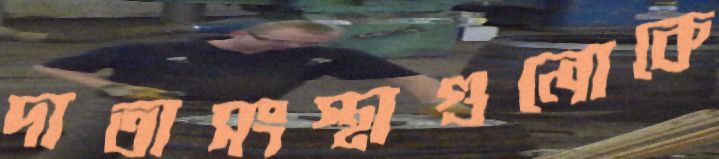
দাতাসংস্থাগুলোকে